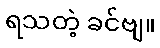
ရသတဲ့ ခင်ဗျ။